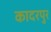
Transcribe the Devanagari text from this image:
कादरपुर